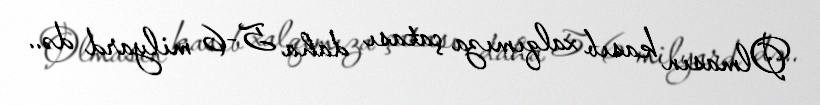
Olmasın kasıb xalqımıza çatası daha 5-6 milyard də..